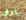
يرمي